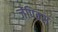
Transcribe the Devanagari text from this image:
जेपिक्स